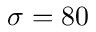
\sigma = 8 0